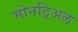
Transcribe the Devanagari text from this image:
मोनट्रिअल